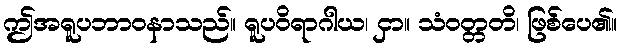
ဤအရူပဘာဝနာသည်။ ရူပဝိရာဂါယ၊ ငှာ။ သံဝတ္တတိ၊ ဖြစ်ပေ၏။